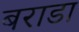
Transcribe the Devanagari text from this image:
बराडा